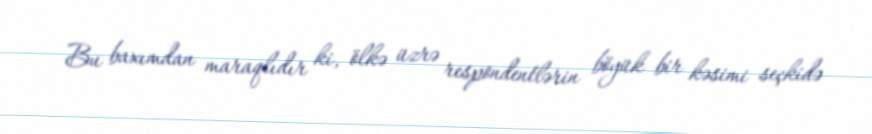
Bu baxımdan maraqlıdır ki, ölkə üzrə respondentlərin böyük bir kəsimi seçkidə